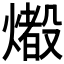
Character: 𤐢